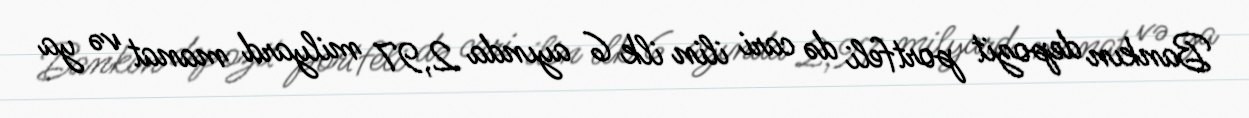
Bankın depozit portfeli də cari ilin ilk 6 ayında 2,97 milyard manat və ya